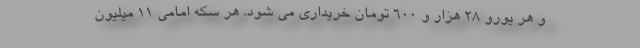
و هر یورو ۲۸ هزار و ۶۰۰ تومان خریداری می شود. هر سکه امامی ۱۱ میلیون